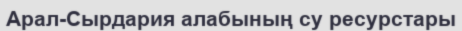
Арал-Сырдария алабының су ресурстары